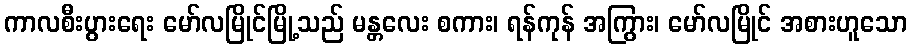
ကာလစီးပွားရေး မော်လမြိုင်မြို့သည် မန္တလေး စကား၊ ရန်ကုန် အကြွား၊ မော်လမြိုင် အစားဟူသော